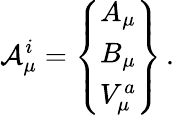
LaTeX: {\cal A}_{\mu}^{i}=\left\{ \begin{array}{ccc}{{A_{\mu}}}\\ {{B_{\mu}}}\\ {{V_{\mu}^{a}}}\end{array}\right\} \, .